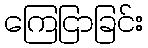
ကြေငြာခြင်း